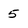
Character: 5